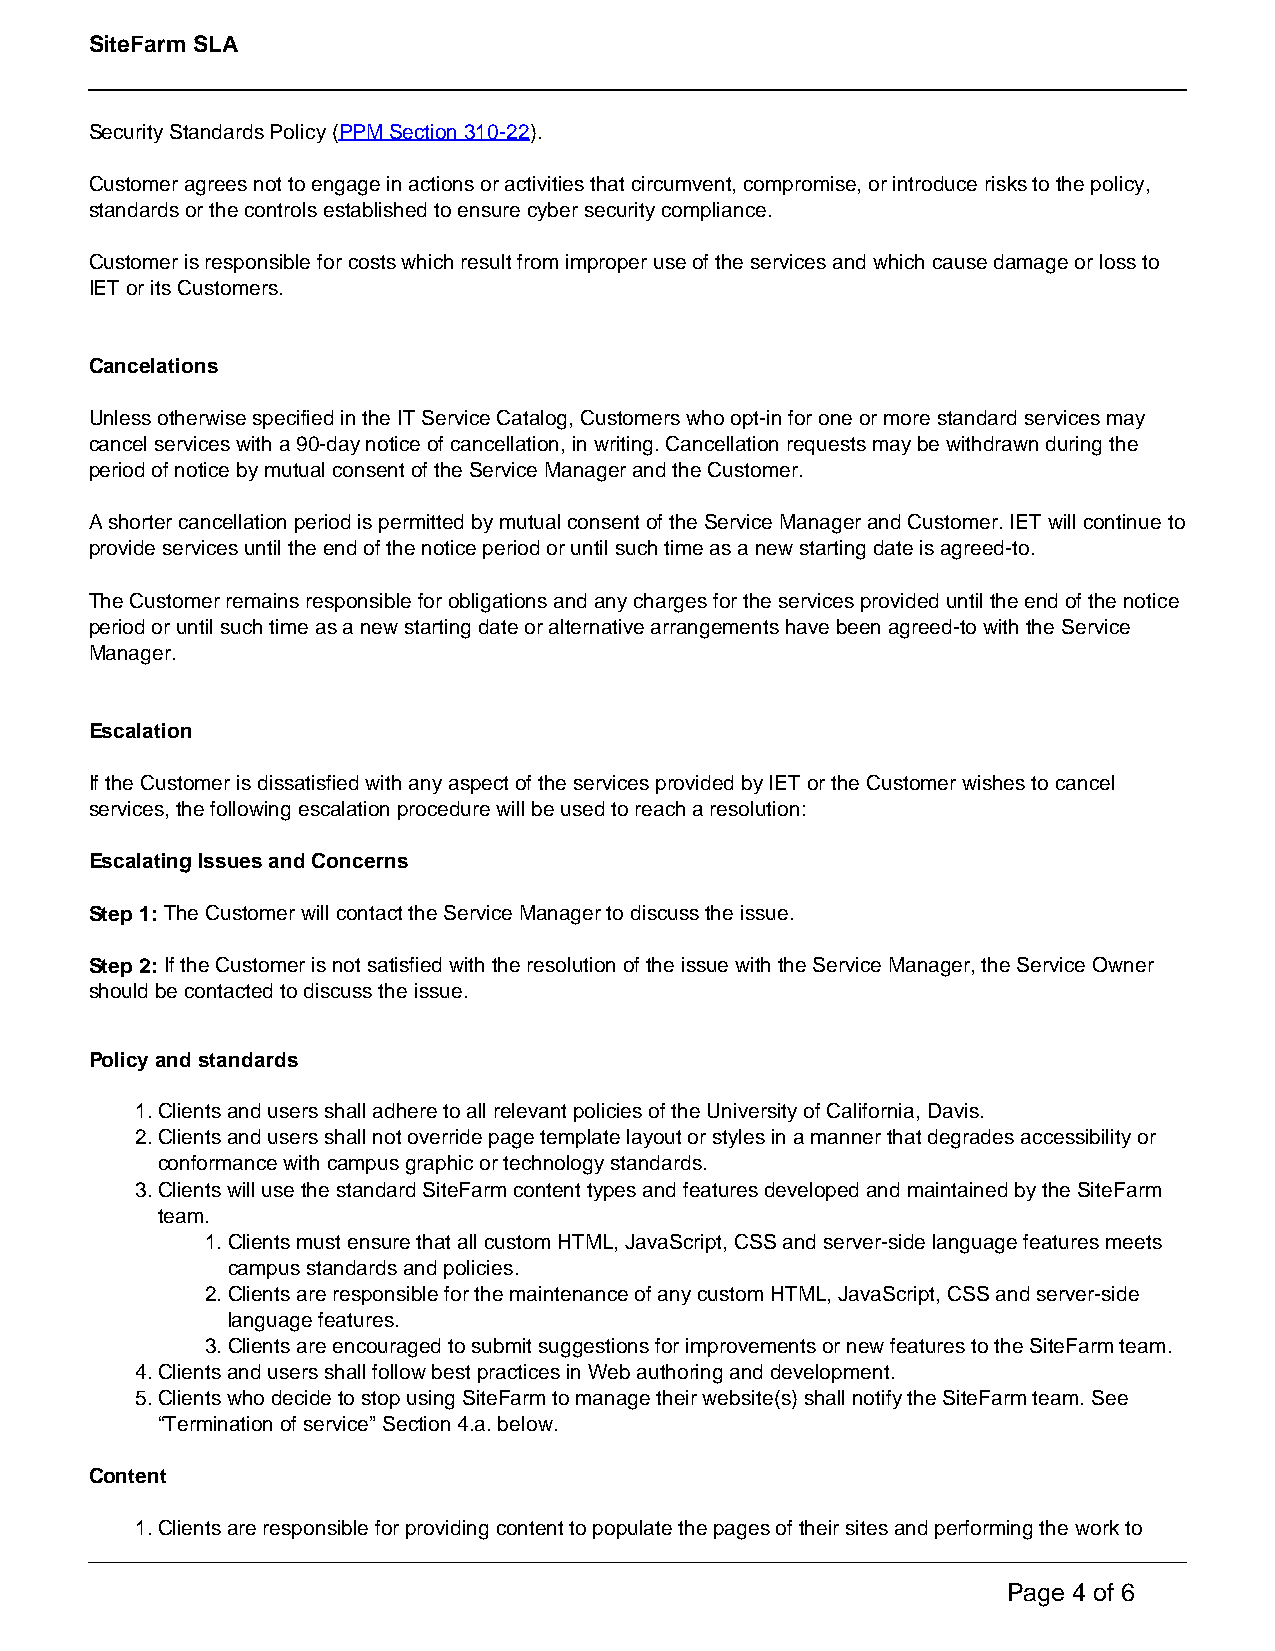
SiteFarm SLA
 Security Standards Policy (PPM Section 310-22).
 Customer agrees not to engage in actions or activities that circumvent, compromise, or introduce risks to the policy,
 standards or the controls established to ensure cyber security compliance.
 Customer is responsible for costs which result from improper use of the services and which cause damage or loss to
 IET or its Customers.
 Cancelations
 Unless otherwise specified in the IT Service Catalog, Customers who opt-in for one or more standard services may
 cancel services with a 90-day notice of cancellation, in writing. Cancellation requests may be withdrawn during the
 period of notice by mutual consent of the Service Manager and the Customer.
 A shorter cancellation period is permitted by mutual consent of the Service Manager and Customer. IET will continue to
 provide services until the end of the notice period or until such time as a new starting date is agreed-to.
 The Customer remains responsible for obligations and any charges for the services provided until the end of the notice
 period or until such time as a new starting date or alternative arrangements have been agreed-to with the Service
 Manager.
 Escalation
 If the Customer is dissatisfied with any aspect of the services provided by IET or the Customer wishes to cancel
 services, the following escalation procedure will be used to reach a resolution:
 Escalating Issues and Concerns
 Step 1: The Customer will contact the Service Manager to discuss the issue.
 Step 2: If the Customer is not satisfied with the resolution of the issue with the Service Manager, the Service Owner
 should be contacted to discuss the issue.
 Policy and standards
 1.Clients and users shall adhere to all relevant policies of the University of California, Davis.
 2.Clients and users shall not override page template layout or styles in a manner that degrades accessibility or
 conformance with campus graphic or technology standards.
 3.Clients will use the standard SiteFarm content types and features developed and maintained by the SiteFarm
 team.
 1.Clients must ensure that all custom HTML, JavaScript, CSS and server-side language features meets
 campus standards and policies.
 2.Clients are responsible for the maintenance of any custom HTML, JavaScript, CSS and server-side
 language features.
 3.Clients are encouraged to submit suggestions for improvements or new features to the SiteFarm team.
 4.Clients and users shall follow best practices in Web authoring and development.
 5.Clients who decide to stop using SiteFarm to manage their website(s) shall notify the SiteFarm team. See
 “Termination of service” Section 4.a. below.
 Content
 1.Clients are responsible for providing content to populate the pages of their sites and performing the work to
 Page 4 of 6